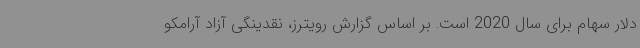
دلار سهام برای سال 2020 است. بر اساس گزارش رویترز، نقدینگی آزاد آرامکو